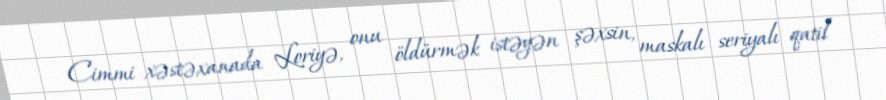
Cimmi xəstəxanada Loriyə, onu öldürmək istəyən şəxsin, maskalı seriyalı qatil